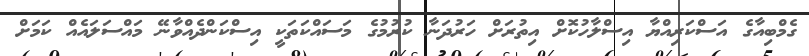
ގެމްބިއާގެ އަސްކަރިއްޔާ އިސްލާހުކޮށް އިތުރަށް ހަރުދަނާ ކުރުމުގެ މަސައްކަތަކީ އިސްކަންދެއްވާނޭ މައްސަލައެއް ކަމަށް